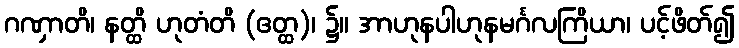
ဂဏှာတိ၊ နတ္ထိ ဟုတံတိ (ဧတ္ထ)၊ ၌။ အာဟုနပါဟုနမင်္ဂလကြိယာ၊ ပင့်ဖိတ်၍